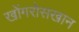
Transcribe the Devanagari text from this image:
खोंगरोसखान